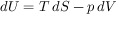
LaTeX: d U = T \, d S - p \, d V